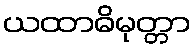
ယထာဓိမုတ္တာ